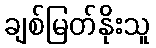
ချစ်မြတ်နိုးသူ